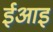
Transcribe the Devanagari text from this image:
ईआइ